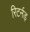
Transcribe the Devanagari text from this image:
रिटर्नड़